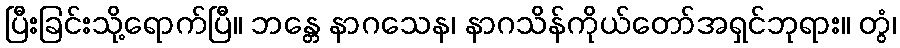
ပြီးခြင်းသို့ရောက်ပြီ။ ဘန္တေ နာဂသေန၊ နာဂသိန်ကိုယ်တော်အရှင်ဘုရား။ တွံ၊